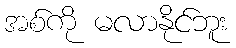
အစ်ကို မလာနိုင်ဘူး